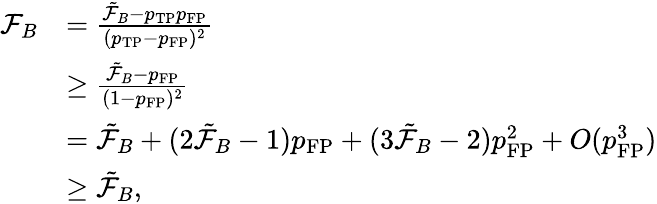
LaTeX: \begin{array}{rl}{\mathcal{F}_{B}}&{=\frac{\tilde{\mathcal{F}}_{B}-p_{\mathrm{TP}}p_{\mathrm{FP}}}{(p_{\mathrm{TP}}-p_{\mathrm{FP}})^{2}}}\\ &{\ge\frac{\tilde{\mathcal{F}}_{B}-p_{\mathrm{FP}}}{(1-p_{\mathrm{FP}})^{2}}}\\ &{=\tilde{\mathcal{F}}_{B}+(2\tilde{\mathcal{F}}_{B}-1)p_{\mathrm{FP}}+(3\tilde{\mathcal{F}}_{B}-2)p_{\mathrm{FP}}^{2}+O(p_{\mathrm{FP}}^{3})}\\ &{\ge\tilde{\mathcal{F}}_{B},}\end{array}